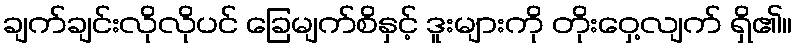
ချက်ချင်းလိုလိုပင် ခြေမျက်စိနှင့် ဒူးများကို တိုးဝှေ့လျက် ရှိ၏။